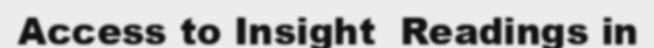
Access to Insight  Readings in